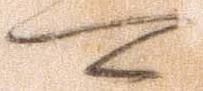
可